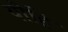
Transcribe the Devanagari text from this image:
योहि